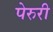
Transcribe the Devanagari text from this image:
पेरुरी